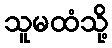
သူမထံသို့